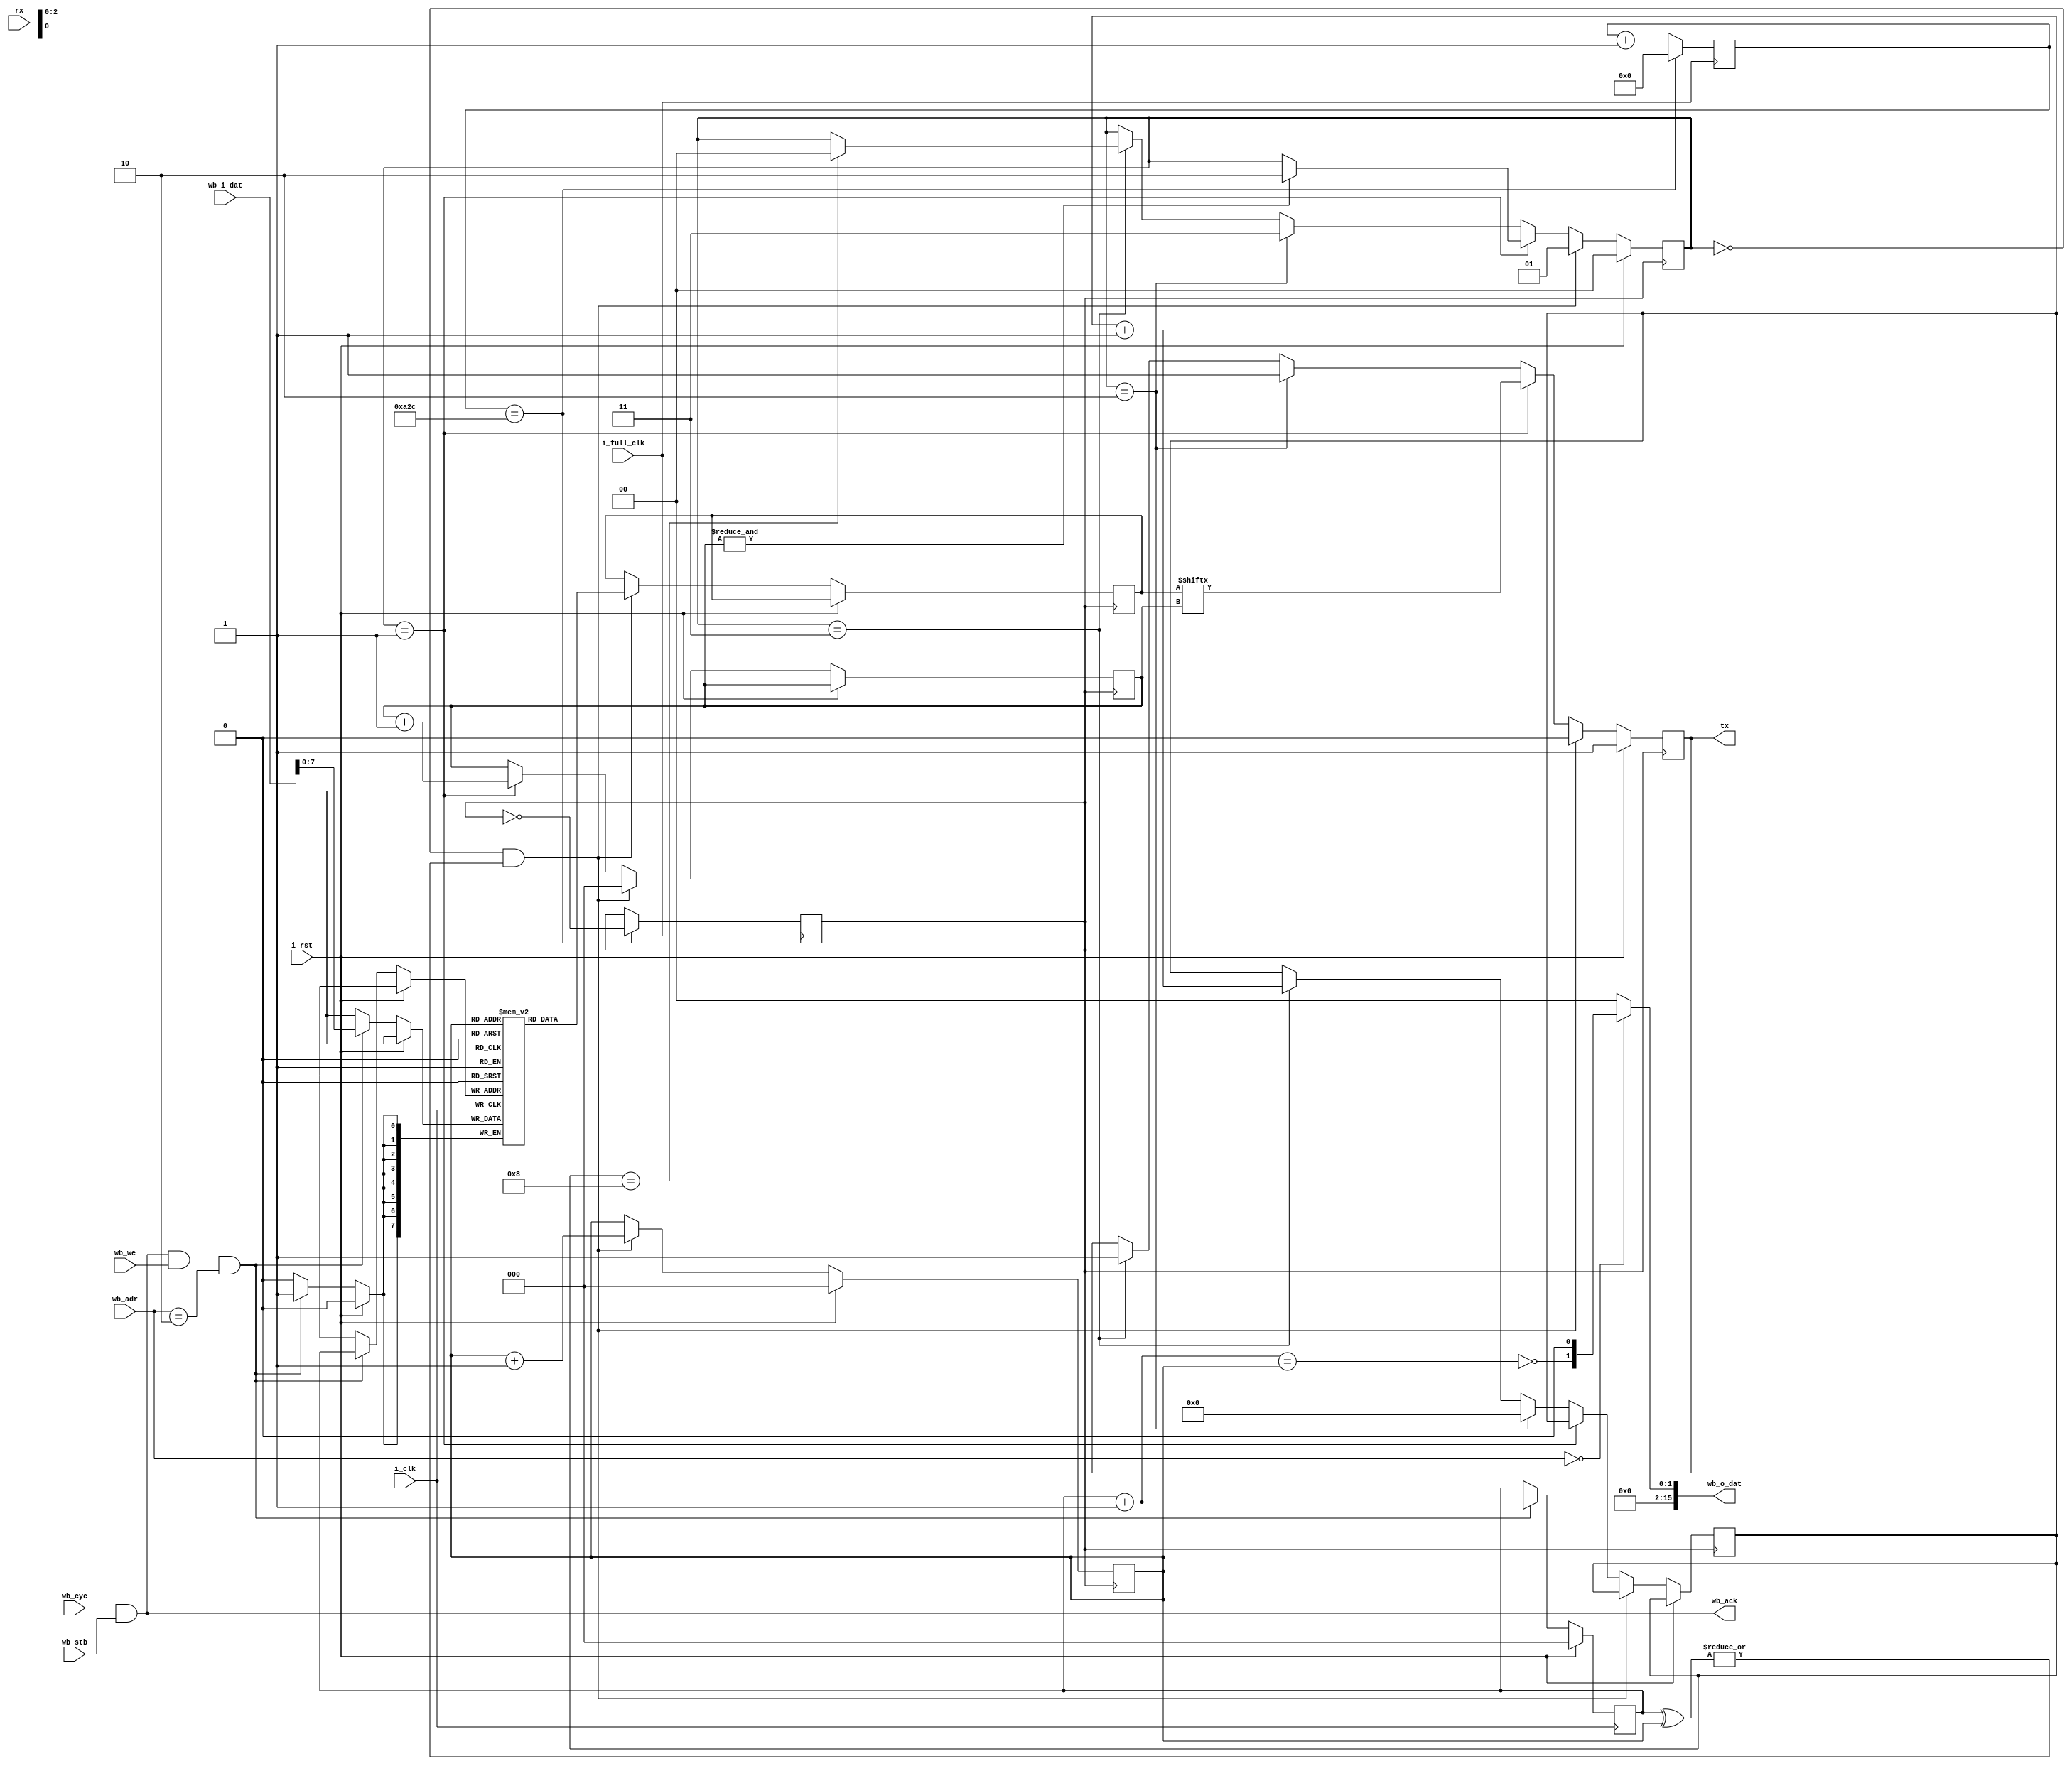
module uart2 (
    input i_clk,
    input i_full_clk,
    input i_rst,

    input rx,
    output reg tx,

    input wb_cyc, wb_stb, wb_we,
    output wb_ack,
    input [23:0] wb_adr,
    input [15:0] wb_i_dat,
    output reg [15:0] wb_o_dat
);

localparam BAUD_RATE = 9600;
localparam CLOCK_FREQ = 50_000_000;
localparam UART_CLOCK_DIV = CLOCK_FREQ/(BAUD_RATE*2);
localparam TX_BUFF_SIZE = 8;

reg uart_clk = 1'b0;
reg [20 :0] uart_clk_cnt = 10'b0;
always @(posedge i_full_clk) begin
    uart_clk_cnt <= uart_clk_cnt + 6'b1;

    if (uart_clk_cnt == UART_CLOCK_DIV) begin
        uart_clk_cnt <= 10'b0;
        uart_clk <= ~uart_clk;
    end
end


// TRANSMIT

reg [1:0] tx_state;
wire tx_ready = (tx_state == 2'b0);
wire tx_start = tx_data_avail;
reg [7:0] tx_data;
reg [2:0] tx_data_cnt;
reg [10:0] hold_cnt;

always @(posedge uart_clk) begin
    if (i_rst) begin
        tx <= 1'b1;        
        tx_state <= 2'b0;
    end else if ((tx_state == 2'b0) & tx_start) begin
        tx <= 1'b0; // start bit
        tx_data_cnt <= 3'b0;
        tx_state <= 2'b1; 
    end else if (tx_state == 2'b1) begin
        tx <= tx_data[tx_data_cnt];
        tx_data_cnt <= tx_data_cnt + 1'b1;
        if (&tx_data_cnt)
            tx_state <= 2'b10;
    end else if (tx_state == 2'b10) begin
        tx <= 1'b1; // stop bit
        tx_state <= 2'b11;
        hold_cnt <= 0;
    end else if (tx_state == 2'b11) begin
        hold_cnt <= hold_cnt + 1;
        if (hold_cnt == 8) begin
              tx_state <= 2'b0;
        end
        tx <= 1'b1;
    end
end

reg [7:0] tx_fifo [TX_BUFF_SIZE-1:0];
reg [2:0] tx_write_ptr, tx_read_ptr;
wire tx_data_avail = |(tx_write_ptr^tx_read_ptr);
wire tx_full = (tx_write_ptr+3'b1) == tx_read_ptr;

always @(posedge uart_clk) begin
    if (i_rst) begin
        tx_read_ptr <= 3'b0;
    end else if (tx_ready & tx_data_avail) begin
        tx_read_ptr <= tx_read_ptr + 3'b1;
        tx_data <= tx_fifo[tx_read_ptr];
    end
end

reg [2:0] tx_prev_data;
wire tx_empty_irq = (tx_prev_data != 3'b0) && ((tx_write_ptr-tx_read_ptr) == 3'b0);

always @(posedge i_clk) begin
    if (i_rst) begin
        tx_write_ptr <= 3'b0;
    end else begin 
        tx_prev_data <= (tx_write_ptr-tx_read_ptr);
        if (wb_cyc & wb_stb & wb_we & wb_adr == 24'h2) begin
            tx_write_ptr <= tx_write_ptr + 3'b1;
            tx_fifo[tx_write_ptr] <= wb_i_dat[7:0]; 
        end
    end
end

assign wb_ack = wb_cyc & wb_stb;
always @* begin
    if (wb_adr == 24'h0) begin
        wb_o_dat = {14'b0, ~tx_full, 1'b0};
    end else begin
        wb_o_dat = 16'b0;
    end
end

endmodule